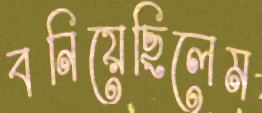
বনিয়েছিলেম